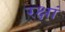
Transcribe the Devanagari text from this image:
रक्षां